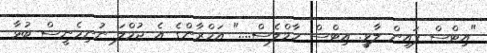
"އިޓްސް ފައިން ލާވީ. އިޓްސް ހާމްލެސް...." އަމްރާންގެ އެ ޖުމްލަ ނުނިމެނީސް ބުޅާ